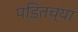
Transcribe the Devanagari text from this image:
पंडितच्या